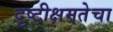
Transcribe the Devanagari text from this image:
दृष्टीक्षमतेचा